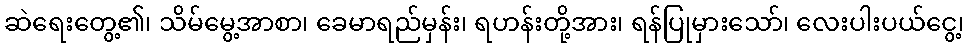
ဆဲရေးတွေ့၏၊ သိမ်မွေ့အာစာ၊ ခေမာရည်မှန်း၊ ရဟန်းတို့အား၊ ရန်ပြုမှားသော်၊ လေးပါးပယ်ငွေ့၊